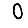
Digit: 0